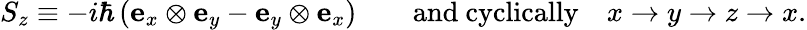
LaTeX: S_{z}\equiv-i\hbar\left(\mathbf{e}_{x}\otimes\mathbf{e}_{y}-\mathbf{e}_{y}\otimes\mathbf{e}_{x}\right)\qquad{\mathrm{and~cyclically}}\quad x\to y\to z\to x.